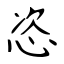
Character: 恣